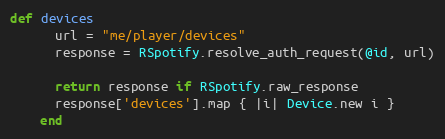
Language: Ruby
def devices
      url = "me/player/devices"
      response = RSpotify.resolve_auth_request(@id, url)

      return response if RSpotify.raw_response
      response['devices'].map { |i| Device.new i }
    end